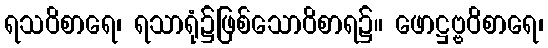
ရသဝိစာရေ၊ ရသာရုံ၌ဖြစ်သောဝိစာရ၌။ ဖောဋ္ဌဗ္ဗဝိစာရေ၊